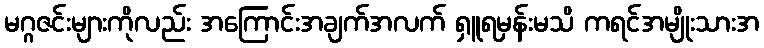
မဂ္ဂဇင်းများကိုလည်း အကြောင်းအချက်အလက် ရှူရမှန်းမသိ ကရင်အမျိုးသားအ